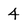
Character: 4